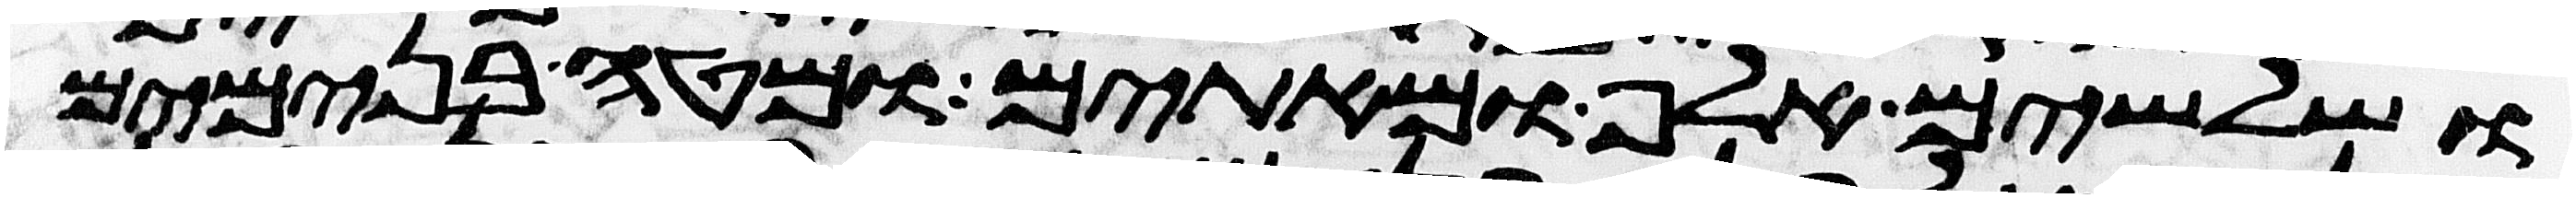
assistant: ושלשים אלף ומאתים ומטה בנימים